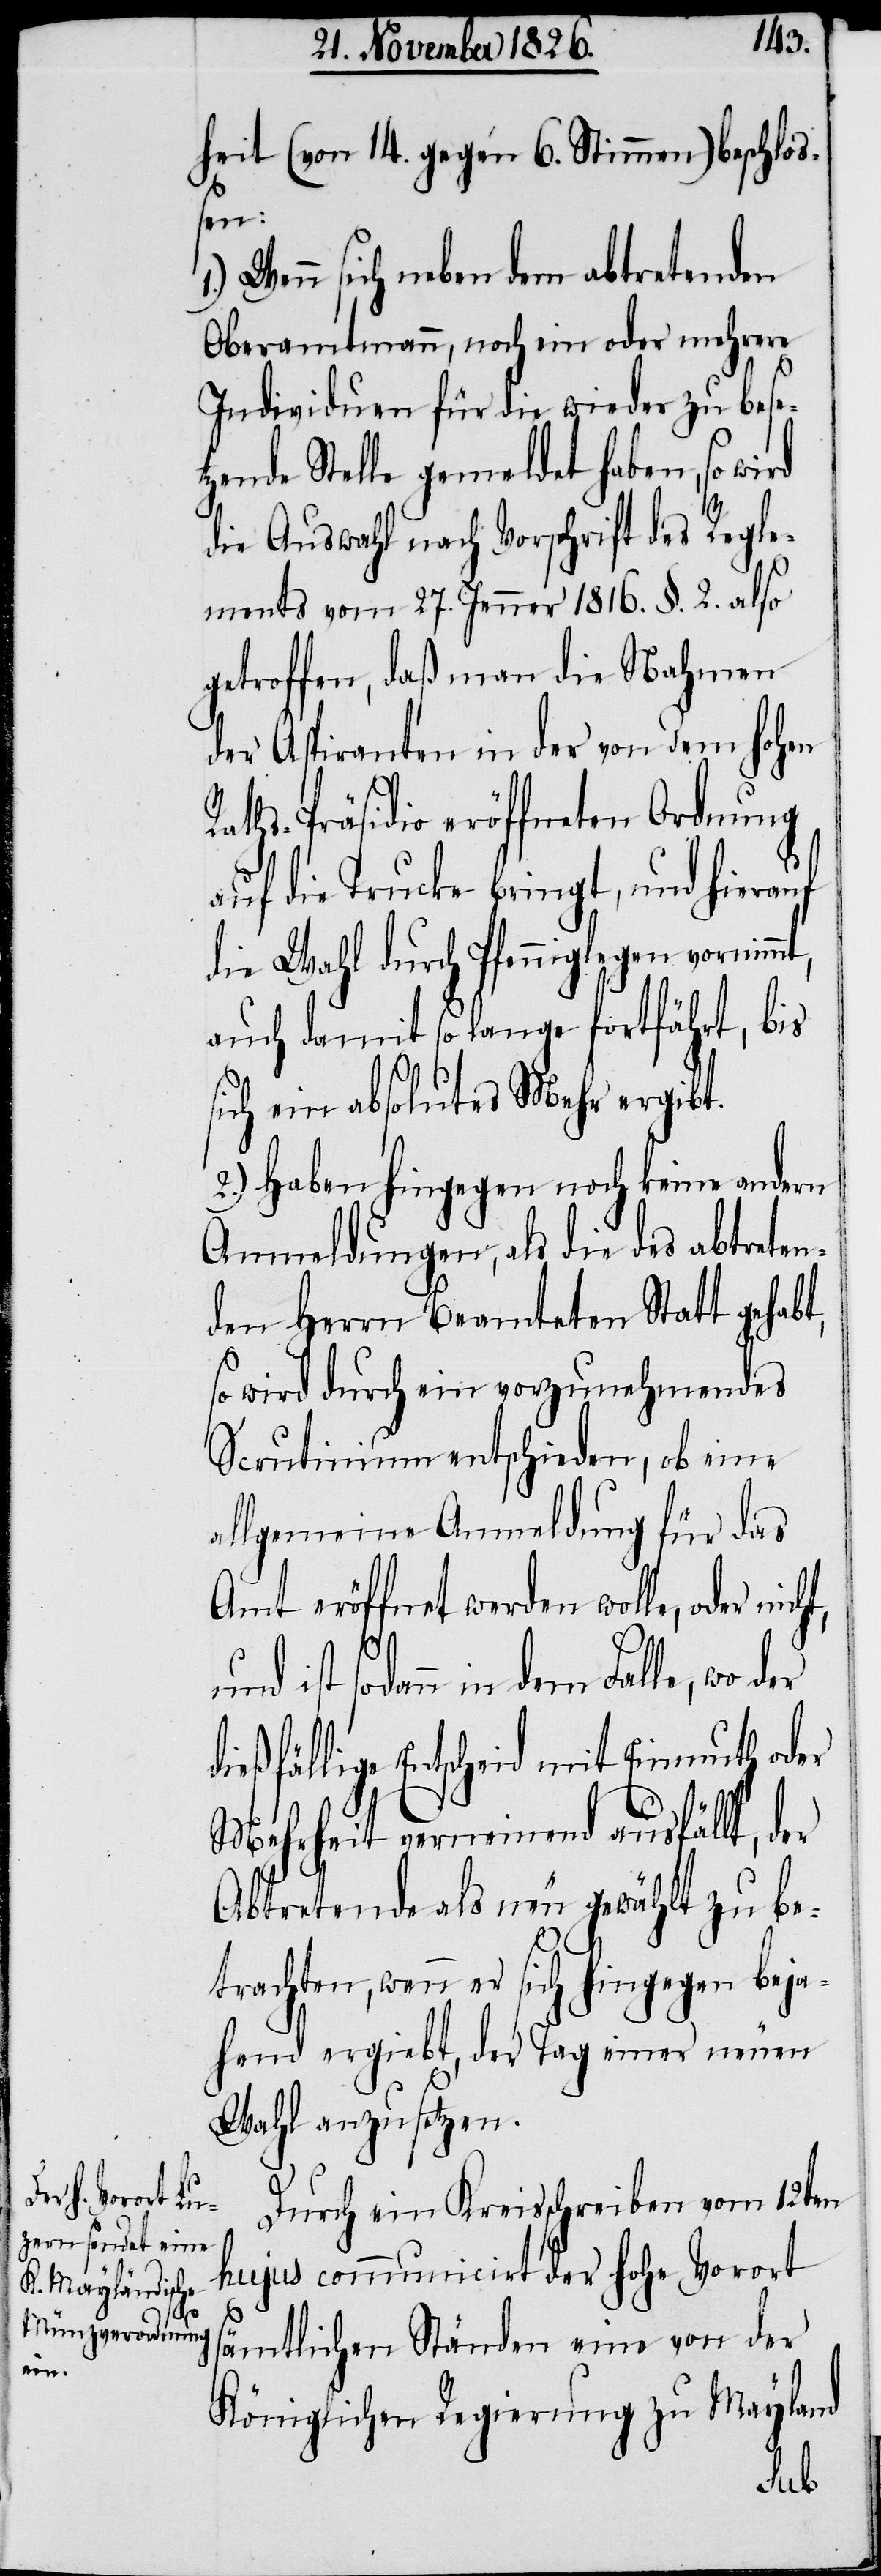
heit (von 14. gegen 6. Stimmen) beschloß¬
en:
Wenn sich neben dem abtretenden
Oberamtmann, noch ein oder mehrere
Individuen für die wieder zu bese¬
zende Stelle gemeldet haben, so
die Auswahl nach Vorschrift des Regle¬
ments vom 27. Jenner 1816 §. 2. also
getroffen, daß man die Nahmen
der Aspiranten in der von dem hohen
Raths-Präsidio eröffneten Ordnung
auf die Trucke bringt, und hierauf
die Wahl durch Pfenniglegen
auch damit so lange fortfährt, bis
sich ein absolutes Mehr ergibt.
2.) Haben hingegen noch keine andern
Anmeldungen, als die des abtreten¬
den Herrn Beamteten Statt gehabt,
so wird durch ein vorzunehmendes
Scrutinium entschieden, ob eine
allgemeine Anmeldung für das
Amt eröffnet werden wolle, oder nic¬
ist sodann in dem Falle, wo
dießfällige Entscheid mit Einmuth oder
Mehrheit verneinend ausfällt, der
Abtretende als neu gewählt zu be¬
trachten, wenn er sich hingegen beja¬
hend ergiebt, der Tag einer neuen
Wahl anzusetzen.
Durch ein Kreisschreiben vom 12ten
hujus communicirt der hohe Vorort
sämtlichen Ständen eine von der
Königlichen Regierung zu Mayland
ht,